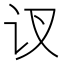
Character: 𲂃